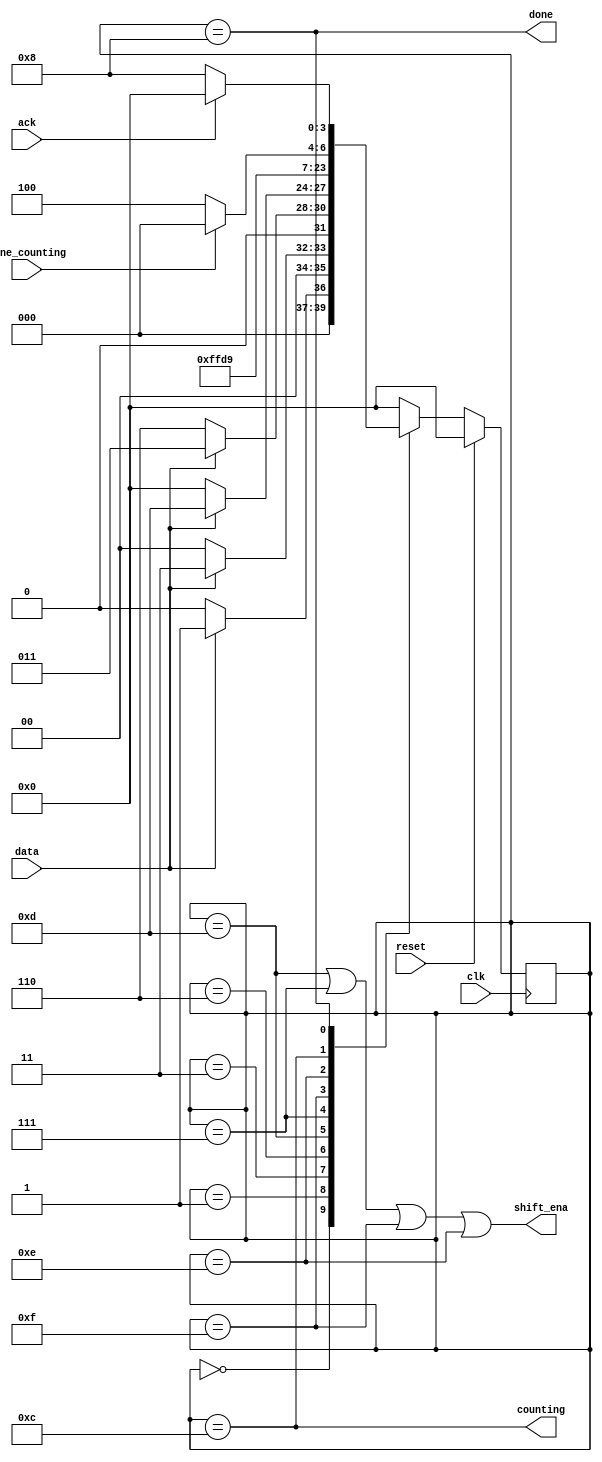
module top_module (
    input clk,
    input reset,      // Synchronous reset
    input data,
    output shift_ena,
    output counting,
    input done_counting,
    output done,
    input ack );

    reg [3:0]state,next;
    parameter IDLE=4'b0000,B1=4'b0001,B2=4'b0011,B3=4'b0110,B4=4'b1101,S1=4'b0111,S2=4'b1111,S3=4'b1110,S4=4'b1100,S5=4'b1000;
    always @(*)begin
        case(state)
            IDLE:next=data?B1:IDLE;
            B1:next=data?B2:IDLE;
            B2:next=data?B2:B3;
            B3:next=data?B4:IDLE;
            B4:next=S1;
            S1:next=S2;
            S2:next=S3;
            S3:next=S4;
            S4:next=done_counting?S5:S4;
            S5:next=ack?IDLE:S5;
            default:next=IDLE;
        endcase
    end
    always @(posedge clk)begin
        if(reset)
            state<=IDLE;
        else
            state<=next;
    end
    assign shift_ena=(state == B4 || state==S1 || state==S2 || state==S3);
    assign counting=(state==S4);
    assign done=(state==S5);
endmodule